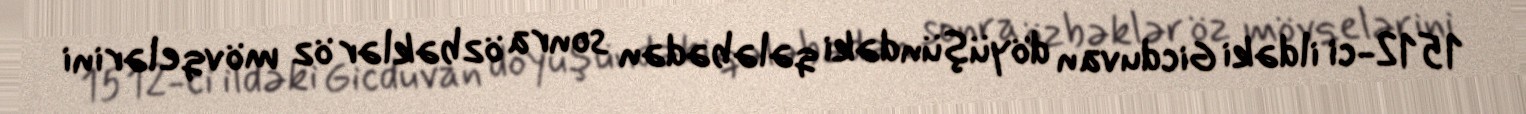
1512-ci ildəki Gicduvan döyüşündəki qələbədən sonra özbəklər öz mövqelərini